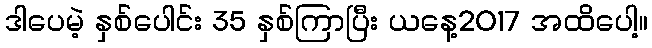
ဒါပေမဲ့ နှစ်ပေါင်း 35 နှစ်ကြာပြီး ယနေ့2017 အထိပေါ့။